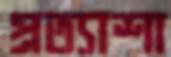
প্রত্যাশা